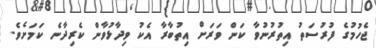
ޖެހުމުގެ ފުރުސަތު އިތުރުނުވާ ކަން ވަރަށް އިތުބާރާ އެކު ވިދާޅުވާން ކެރިދާނެ ކަމަށެވެ.